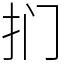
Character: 扪